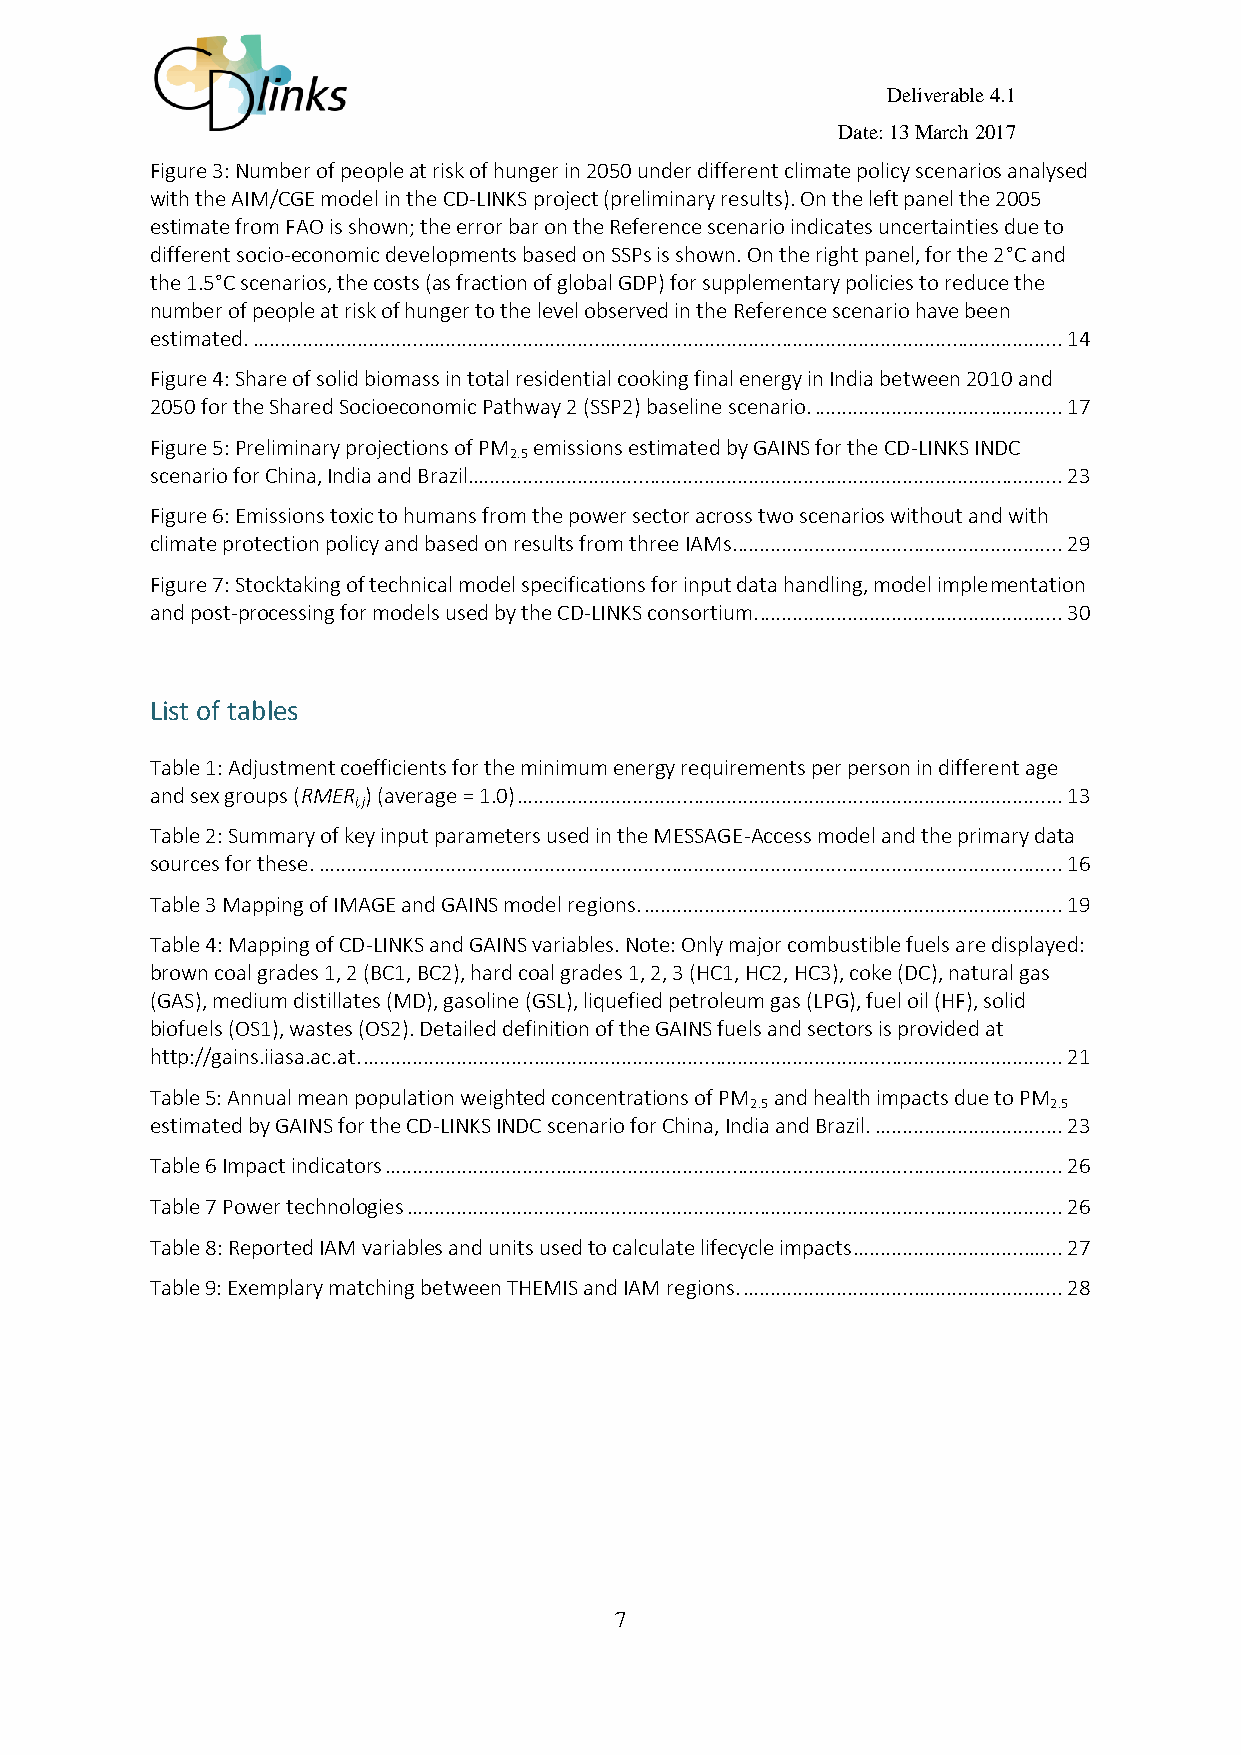
Deliverable 4.1
 Date: 13 March 2017
 Figure 3: Number of people at risk of hunger in 2050 under different climate policy scenarios analysed
 with the AIM/CGE model in the CD-LINKS project (preliminary results). On the left panel the 2005
 estimate from FAO is shown; the error bar on the Reference scenario indicates uncertainties due to
 different socio-economic developments based on SSPs is shown. On the right panel, for the 2°C and
 the 1.5°C scenarios, the costs (as fraction of global GDP) for supplementary policies to reduce the
 number of people at risk of hunger to the level observed in the Reference scenario have been
 estimated. ................................................................................................................................................... 14
 Figure 4: Share of solid biomass in total residential cooking final energy in India between 2010 and
 2050 for the Shared Socioeconomic Pathway 2 (SSP2) baseline scenario. ............................................. 17
 Figure 5: Preliminary projections of PM emissions estimated by GAINS for the CD-LINKS INDC
 2.5
 scenario for China, India and Brazil............................................................................................................ 23
 Figure 6: Emissions toxic to humans from the power sector across two scenarios without and with
 climate protection policy and based on results from three IAMs. ........................................................... 29
 Figure 7: Stocktaking of technical model specifications for input data handling, model implementation
 and post-processing for models used by the CD-LINKS consortium. ....................................................... 30
 List of tables
 Table 1: Adjustment coefficients for the minimum energy requirements per person in different age
 and sex groups (RMER ) (average = 1.0) ................................................................................................... 13
 i,j
 Table 2: Summary of key input parameters used in the MESSAGE-Access model and the primary data
 sources for these. ....................................................................................................................................... 16
 Table 3 Mapping of IMAGE and GAINS model regions. ............................................................................ 19
 Table 4: Mapping of CD-LINKS and GAINS variables. Note: Only major combustible fuels are displayed:
 brown coal grades 1, 2 (BC1, BC2), hard coal grades 1, 2, 3 (HC1, HC2, HC3), coke (DC), natural gas
 (GAS), medium distillates (MD), gasoline (GSL), liquefied petroleum gas (LPG), fuel oil (HF), solid
 biofuels (OS1), wastes (OS2). Detailed definition of the GAINS fuels and sectors is provided at
 http://gains.iiasa.ac.at. ............................................................................................................................... 21
 Table 5: Annual mean population weighted concentrations of PM and health impacts due to PM
 2.5                 2.5
 estimated by GAINS for the CD-LINKS INDC scenario for China, India and Brazil. .................................. 23
 Table 6 Impact indicators ........................................................................................................................... 26
 Table 7 Power technologies ....................................................................................................................... 26
 Table 8: Reported IAM variables and units used to calculate lifecycle impacts ...................................... 27
 Table 9: Exemplary matching between THEMIS and IAM regions. .......................................................... 28
 7